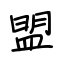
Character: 盟